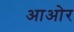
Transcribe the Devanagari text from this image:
आओर